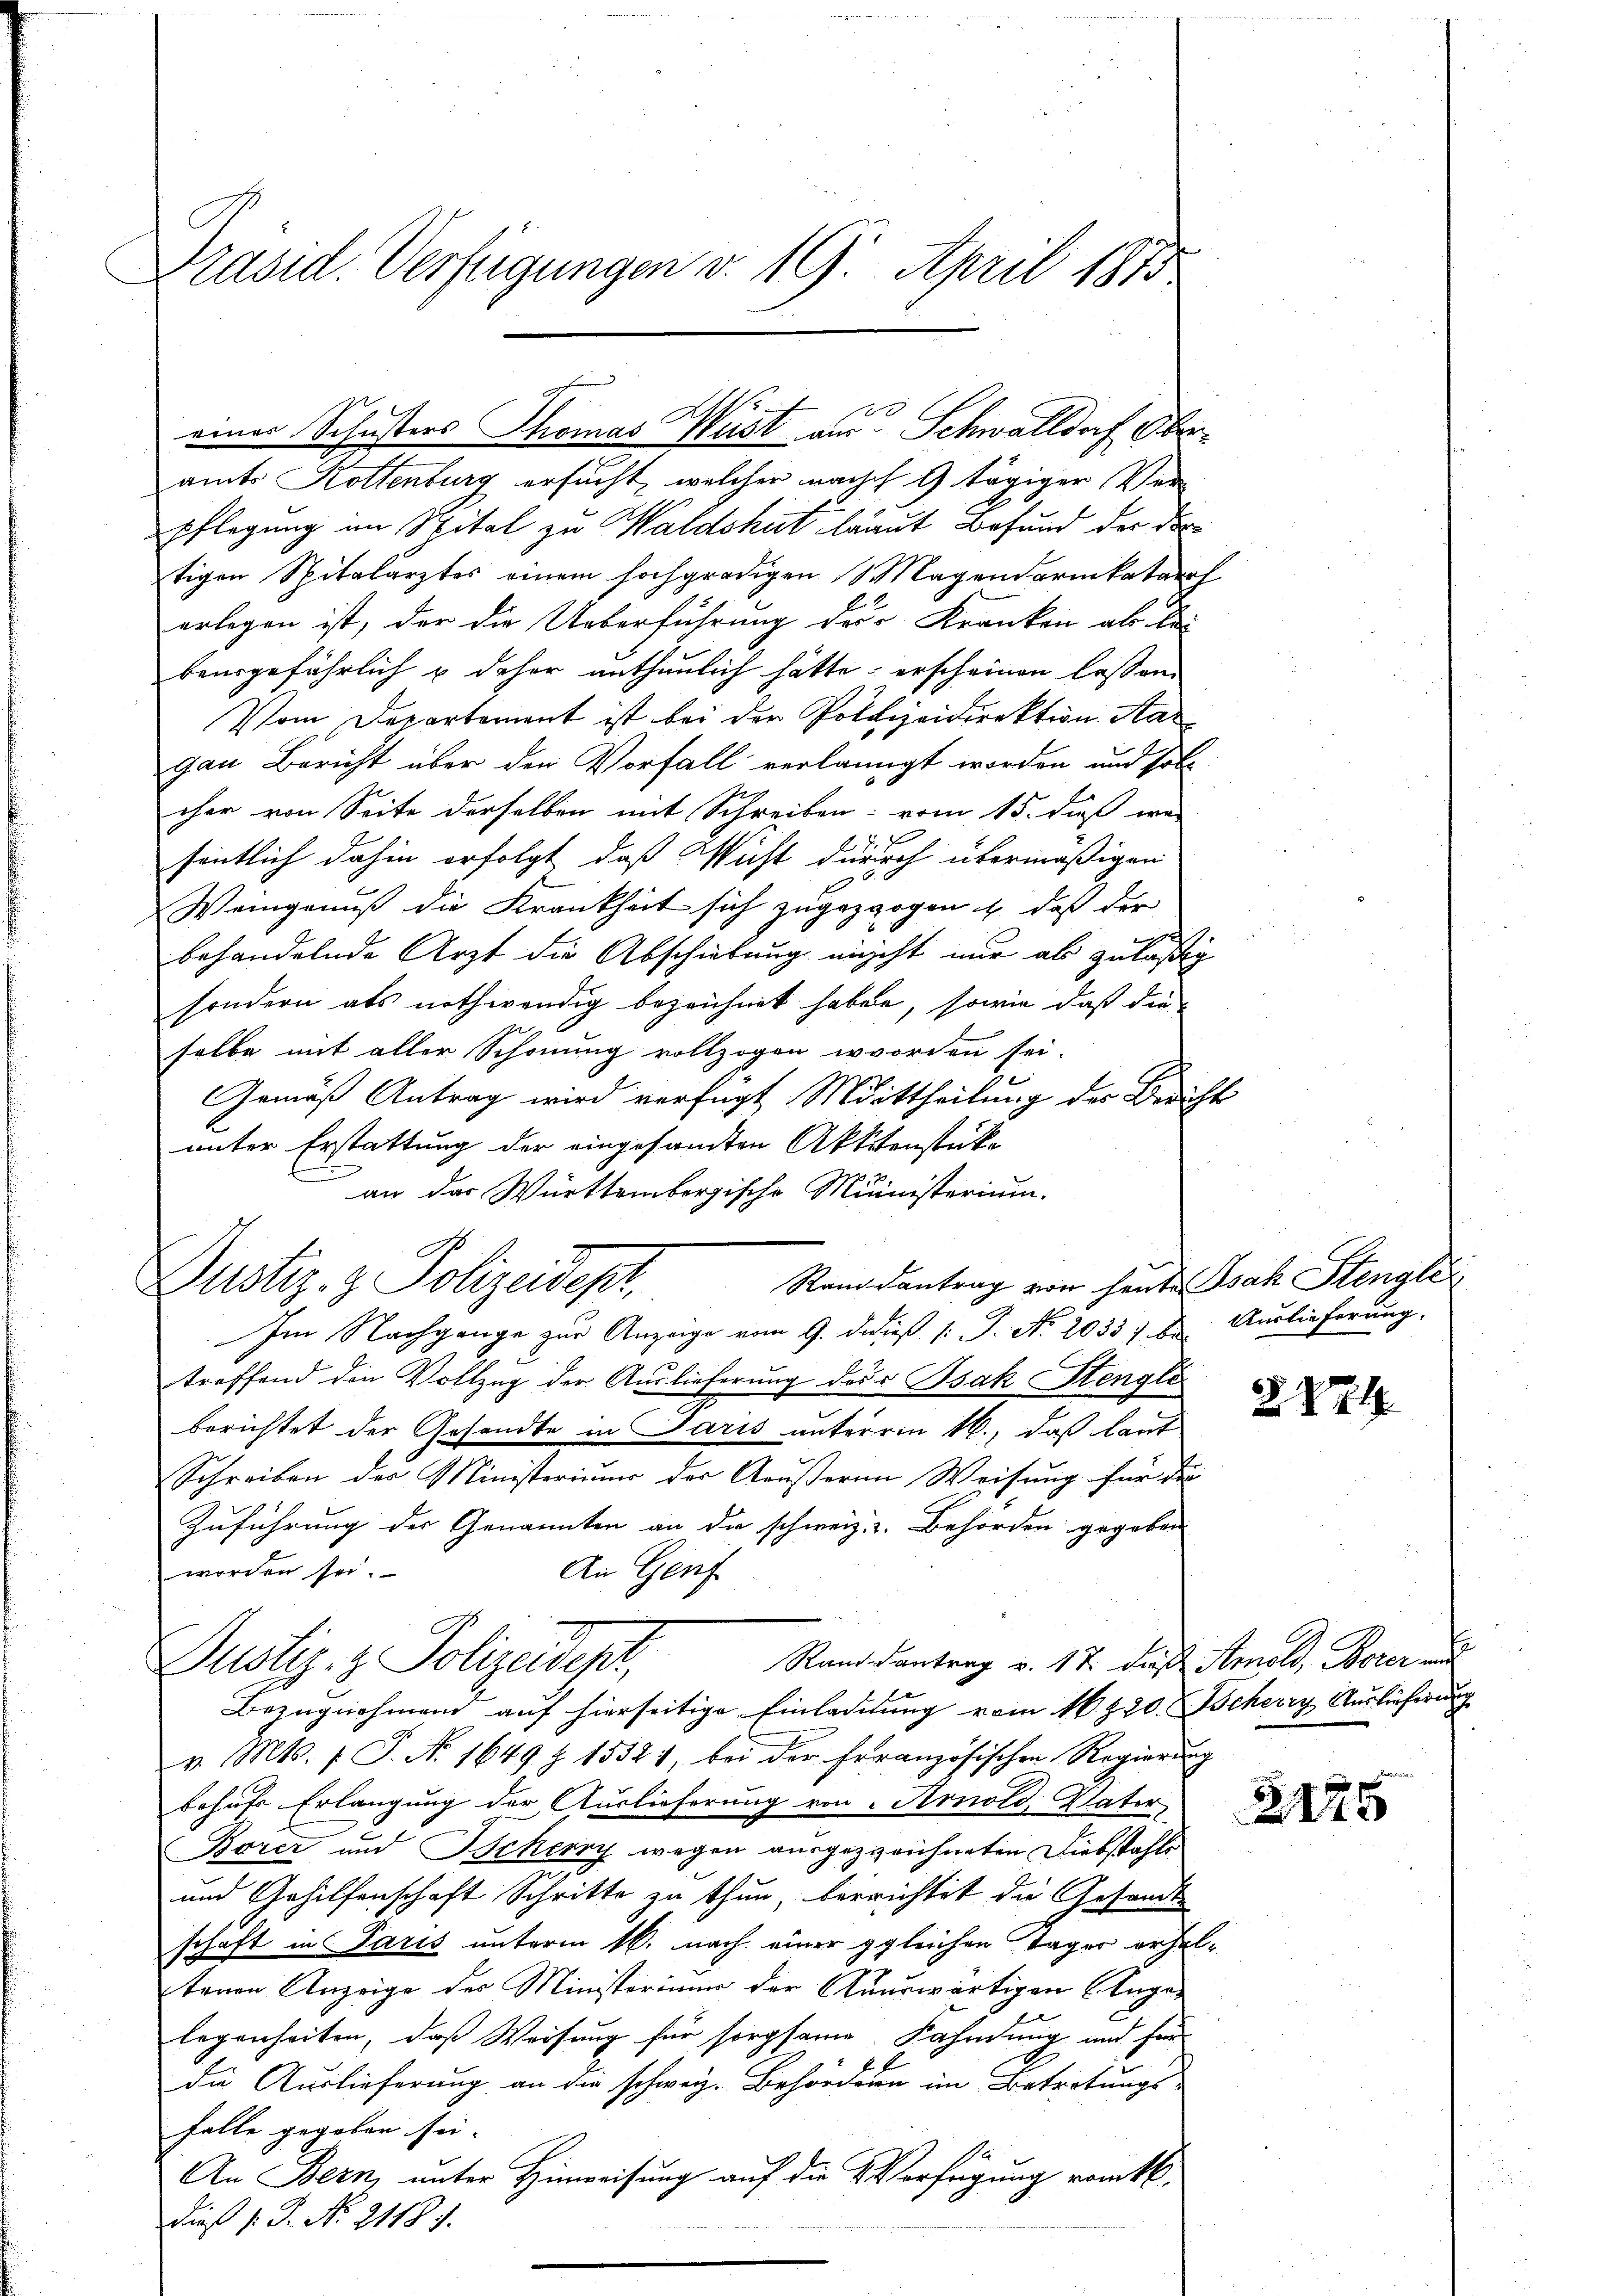
Präsid. Verfügungen v. 19. April 1875

Dustiz- & Polizeidept,

amt Kollenburg ersucht, welcher nach 9 tägiger Verpflegung im Spital zu Waldshut traut Befund der dortigen Spitalarztes einem hochgradigen Magendarmkatarif
erlegen ist, der die Ueberführung der Kranken als bei
baurgefährlich & daher anthunlich hätte, erscheinen lassen.
Vom Departement ist bei der Polizeidirektion Kar
gau Bericht über den Vorfall verlangt worden und soll
cher von Seite derselben mit Schreiben: vom 15. dß war
sentlich dahin erfolgt, daß Wicht durch übermäßigen
Weingenuß die Krankheit sich zugezogen & daß der
behandelnde Arzt die Abschiebung nicht nur ab zuläßig
sondern als nothwendig bezeichnet haben, sowie daß die
selbe mit aller Schonung vollzogen worden sei.
Gemäß Antrag wird verfügt Mittheilung der Bericht
unter Erstattung der eingesandten Aktienstücke
an das Württembergische Ministerium.
Im Nachgange zur Anzeige vom 9. dedieβ /: J. No. 2033). E. Auslieferung.
treffend den Vollzug der Auslieferung des Isak Stengle
berichtet der Gesandte in Paris unterm 16., daß laut
Schreiben der Ministerium der Aeußeren Weisung für die
Zuführung der Genannten an die schweiz. v. Behörden gegeben
worden sei.
An Genf
Rand Kontrag v. 17. diese Atmold, Borer und
Justiz- & Polizeident,
Bezugnahmend auf hierseitige Einladung vom 16. 220. Scherry Auslieferung
v. Mts. f. J. N. 1649 § 15521, bei der französischen Regierung
behufs Erlangung der Auslieferung von Arnold, Vater,
Borer und Beherry wegen ausgezzeichneten Diebstahls
und Gehilfenschaft Schritte zu thun, berrichtet die Gesande
schaft in Paris unterm 16. nach einer gleichen Tager erhaltenen Anzeige des Ministerimum der Auuswärtigen Augen
legenheiten, daß Weisung für sorgsame. Kahndung und für
die Auslieferung an die schweiz. Behördern im Betretungs-
falle gegeben sei. |
An Bern, unter Hinweisung auf die Verfügung rankt.
Dieß P. Nr. 21187.

.
einer Schusters Thomas Wüst aus Schwalldorf Ober¬

Randantrag von heute Isak Stenglei

2824

2175